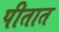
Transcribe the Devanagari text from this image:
पीतात